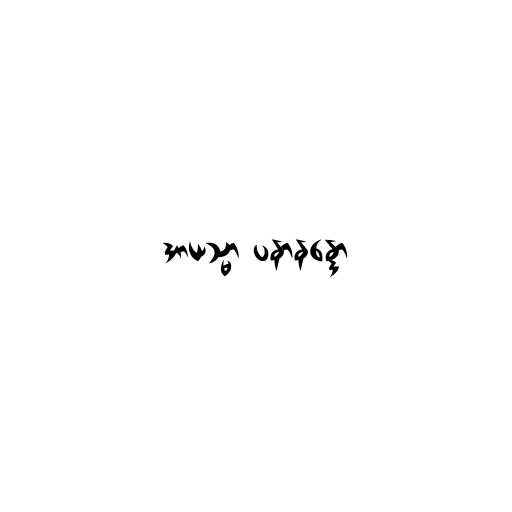
အာယသ္မာ ပနာနန္ဒော